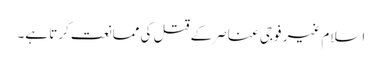
اسلام غیر فوجی عناصر کے قتل کی ممانعت کرتا ہے۔